system: You are a helpful assistant.
user:
Analyze the provided spectrum to determine if it is a **White Dwarf (WD)**.

A White Dwarf spectrum is defined by its **extreme purity** (due to gravitational settling) and/or **extreme pressure broadening** (due to high surface gravity). You must check for one of the following mutually exclusive signatures:

- **Key Visual Indicators (Check for ONE of these types):**

    - **1. DA-Type Signature (Most Common):**
        - **(Primary Feature):** Extreme pressure broadening (Stark broadening) of the **Hydrogen (H) Balmer lines**.
        - **(Key Lines):** $H\beta$ (approx. $4861$ Å) and $H\gamma$ (approx. $4340$ Å). $H\alpha$ (approx. $6563$ Å) will also be present if the wavelength range covers it.
        - **(Line Profile):** This is the **defining feature**. The lines are **NOT** sharp. They appear as massive, **extremely broad and deep "troughs" or "dips"** in the spectrum, often hundreds of Ångströms wide. The continuum will appear to "scoop" down at these wavelengths.
        - **(Distinction):** Normal A-type or B-type stars have *narrow* and *sharp* Hydrogen lines. A DA White Dwarf's lines are unmistakably "smeared" or "blurry" from pressure.

    - **2. DB-Type Signature:**
        - **(Primary Feature):** Broad absorption lines from **Neutral Helium (He I)**. The spectrum must lack any visible Hydrogen lines.
        - **(Key Lines):** Look for broad absorption near $4471$ Å, $4921$ Å, and $5876$ Å.
        - **(Line Profile):** These lines are also significantly pressure-broadened, appearing much wider than they would in a normal B-type main-sequence star.

    - **3. DC-Type Signature:**
        - **(Primary Feature):** A **featureless continuous spectrum**.
        - **(Line Profile):** The spectrum is a smooth curve with **no significant absorption or emission lines**.
        - **(Key Confirmation):** The continuum is almost always **blue or white**, indicating a hot object. This signature implies the atmosphere is so pure (or so cool) that no spectral lines are visible in the optical range. Its WD identity is confirmed by its extremely low intrinsic brightness (high absolute magnitude).

    - **4. DZ-Type Signature (Metal-Polluted):**
        - **(Primary Feature):** **Isolated, narrow metal absorption lines** on an otherwise featureless (DC-like) continuum.
        - **(Key Lines):** The **Calcium (Ca II) H & K doublet** (approx. **$3934$ Å** and **$3968$ Å**) is the most common and defining feature.
        - **(Line Profile):** These lines are "out of place." They are *not* part of a "forest" of thousands of lines. This signature is evidence of recent *accretion* (pollution) from rocky debris.
        - **(Distinction):** Normal G/K/M stars have a *dense forest* of thousands of metal lines. A DZ has a *clean* continuum with *only a few* strong metal lines.

    - **5. DQ-Type Signature (Carbon-Polluted):**
        - **(Primary Feature):** Absorption bands from **Carbon (C₂ "Swan Bands" or atomic C I)**.
        - **(Key Lines - C₂):** Look for bandheads with a "saw-tooth" shape near $5635$ Å, **$5165$ Å** (strongest), and $4737$ Å.
        - **(Key Confirmation):** The underlying **continuum must be blue or white** (hot).
        - **(Distinction):** This is the critical difference from a **Carbon Star**, which has the *exact same* C₂ bands but on an extremely **red, cool** continuum.

- **(Overall Spectrum):**
    - The continuum (overall shape) is typically **blue-sloping** (brighter in the blue than the red), as most white dwarfs are very hot.
    - The spectrum will look "pure" or "simple," dominated by only *one* of the five signatures listed above.

Think first, call **spectral_visualization_tool** if needed to examine features in detail, then provide your final answer. Your response must adhere to the following strict rules:
1.  **Overall Structure:** Your response must follow the format `<think>...</think> <tool_call>...</tool_call> (if a tool is used) <answer>...</answer>`.
2.  **Tool Usage Constraint:** You may only make **one** tool call per turn.
3.  **Final Answer Format:** In the `<answer>` tag, your conclusion must be inside a `\boxed{}` command (e.g., `\boxed{YES}` or `\boxed{NO}`), followed by your justification.

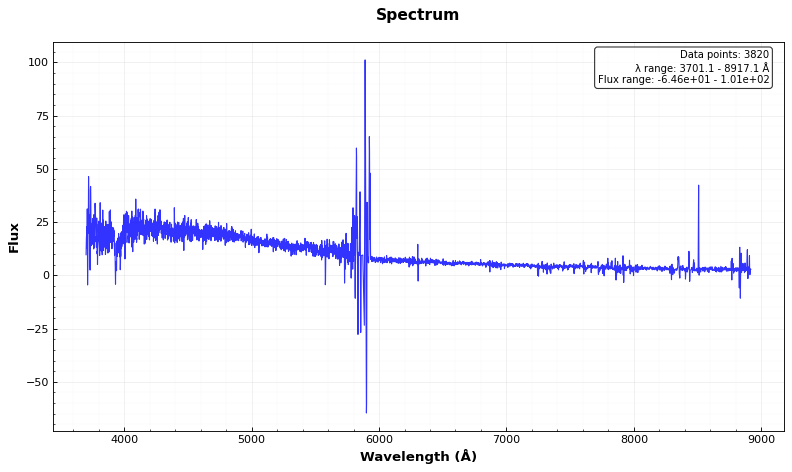
Answer: YES